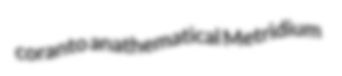
coranto anathematical Metridium